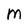
Character: M